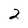
Character: 2